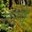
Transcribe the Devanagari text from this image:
तरपे